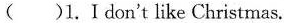
( )1.Ⅰdon't like Christmas.